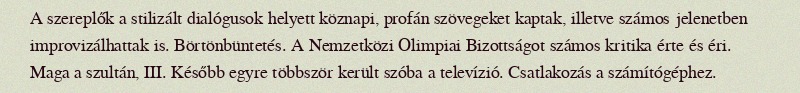
A szereplők a stilizált dialógusok helyett köznapi, profán szövegeket kaptak, illetve számos jelenetben improvizálhattak is. Börtönbüntetés. A Nemzetközi Olimpiai Bizottságot számos kritika érte és éri. Maga a szultán, III. Később egyre többször került szóba a televízió. Csatlakozás a számítógéphez.